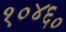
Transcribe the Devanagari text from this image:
१०४६०